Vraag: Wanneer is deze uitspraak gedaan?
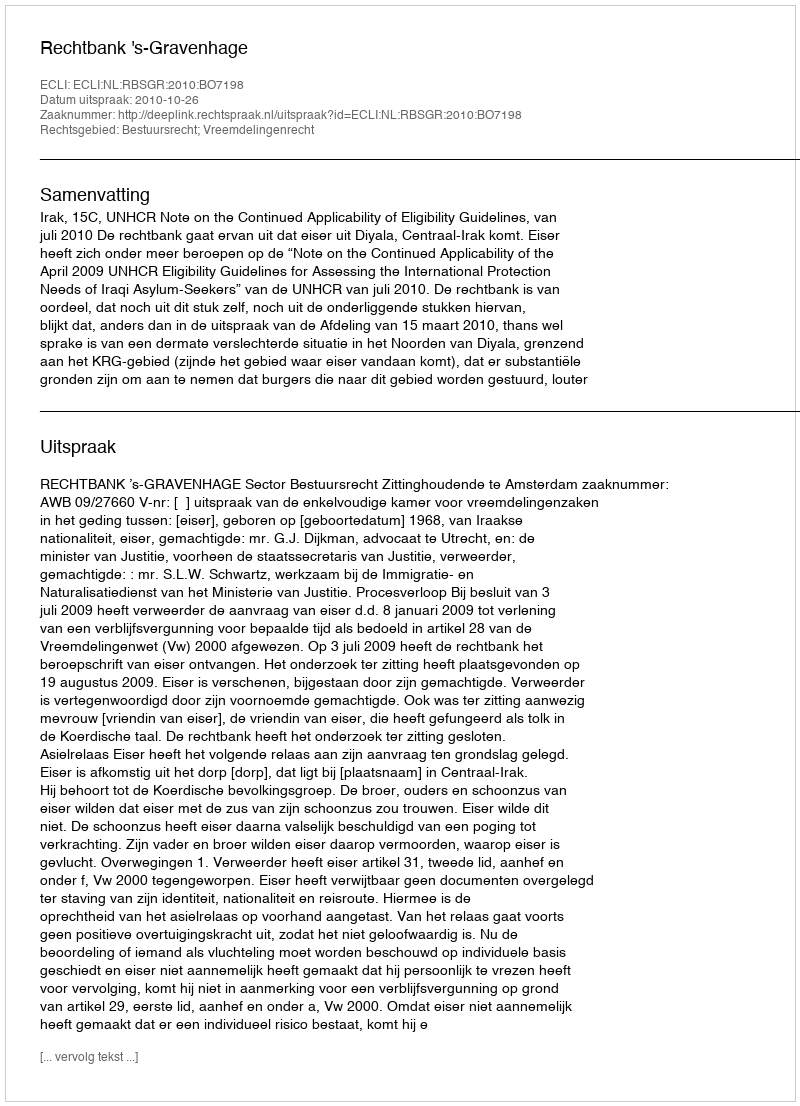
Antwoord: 2010-10-26